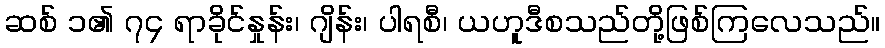
ဆစ် ၁၏ ၇၄ ရာခိုင်နှုန်း၊ ဂျိန်း၊ ပါရစီ၊ ယဟူဒီစသည်တို့ဖြစ်ကြလေသည်။